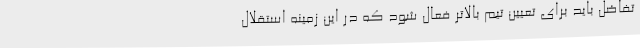
تفاضل باید برای تعیین تیم بالاتر فعال شود که در این زمینه استقلال